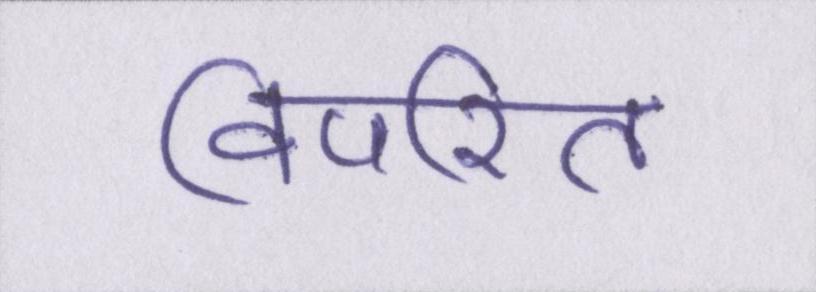
विपरित